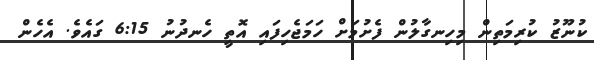
ކުނޫޒު ކުރިމަތިން މިހިނގާލުން ފެށުމަށް ހަމަޖެހިފައި އޮތީ ހެނދުނު 6:15 ގައެވެ. އެހެން